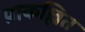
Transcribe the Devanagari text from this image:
प्राकल्लित